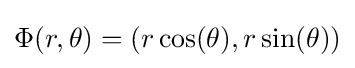
\displaystyle \Phi (r,\theta )=(r\cos(\theta ),r\sin(\theta ))